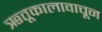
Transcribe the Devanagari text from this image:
ऋतूकालावाचून